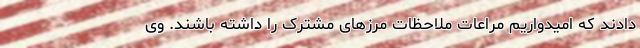
دادند که امیدواریم مراعات ملاحظات مرزهای مشترک را داشته باشند. وی